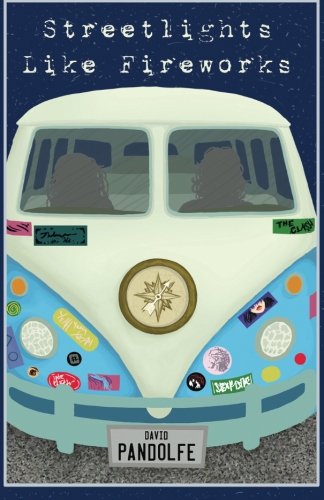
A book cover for Streetlights Like Fireworks; David Pandolfe; Science Fiction & Fantasy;